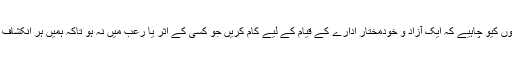
انھوں نے کہا کہ تمام سیاسی جماعتوں کیو چاہیے کہ ایک آزاد و خودمختار ادارے کے قیام کے لیے کام کریں جو کسی کے اثر یا رعب میں نہ ہو تاکہ ہمیں ہر انکشاف کے بعد سپریم کورٹ نہ جانا پڑے۔